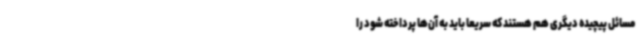
مسائل پیچیده دیگری هم هستند که سریعاً باید به آن‌ها پرداخته شود را